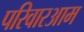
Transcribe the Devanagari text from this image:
परिवारआम